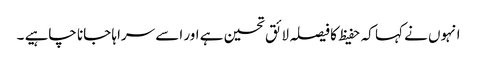
انہوں نے کہا کہ حفیظ کا فیصلہ لائق تحسین ہے اور اسے سراہا جانا چاہیے ۔